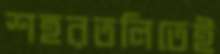
শহরতলিতেই